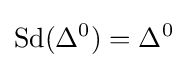
\operatorname {Sd} (\Delta ^{0})=\Delta ^{0}